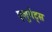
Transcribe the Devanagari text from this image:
एलुमेट्स